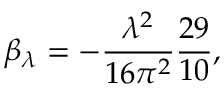
\beta _ { \lambda } = - \frac { \lambda ^ { 2 } } { 1 6 \pi ^ { 2 } } \frac { 2 9 } { 1 0 } ,